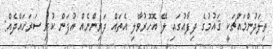
ތިލަދުންމައްޗަކީ ޤައުމުގެ ދިފާއުގައި ލޭ އޮހޮރުވާލި އެތައް ދަރިންނެއް އުފަން ކުރި ސަރަހައްދެއް: